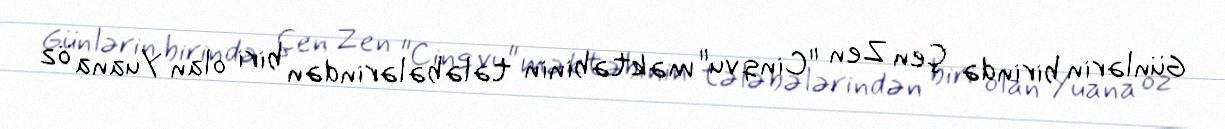
Günlərin birində Çen Zen "Cinqvu" məktəbinin tələbələrindən biri olan Yuana öz